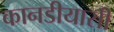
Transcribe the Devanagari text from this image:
कानडीयासी